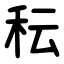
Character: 秐